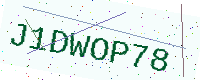
Text: J1DWOP78